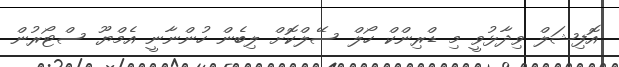
އޮފިޝަލް ވިދާޅުވީ މި ޑްރިންކް ހޯލް ސޭލްކޮށް ލިބެން ހުންނާނީ އެމްޔޫ ސްޓޯރުން